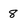
Character: 8